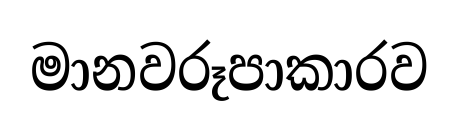
මානවරූපාකාරව